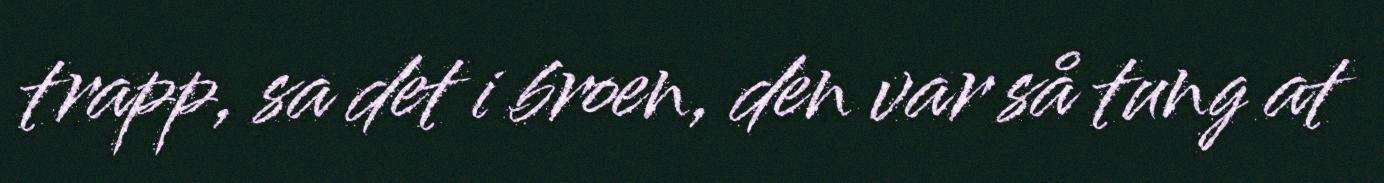
trapp, sa det i broen, den var så tung at